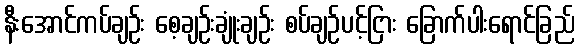
နီးအောင်ကပ်ချဉ်း စေ့ချဉ်းချုံးချဉ်း စပ်ချဉ်ပင့်ငြား ခြောက်ပါးရောင်ခြည်